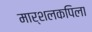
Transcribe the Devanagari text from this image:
मार्शलकपिला